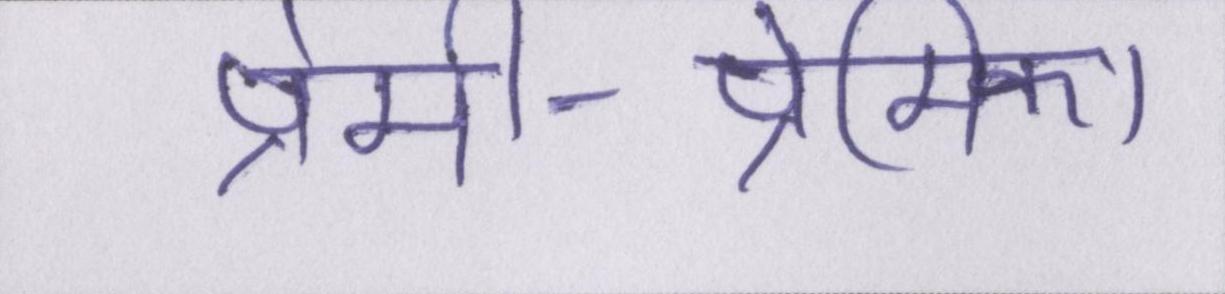
प्रेमी-प्रेमिका